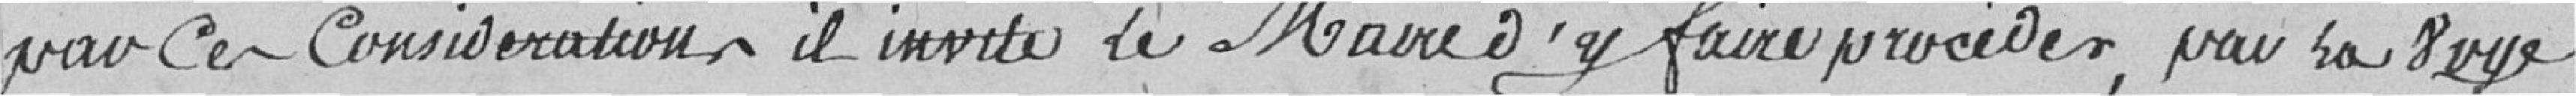
par Ces Considérations il invite le Maire à y faire procèder par la voye